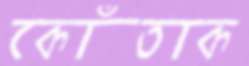
কোঁতাক